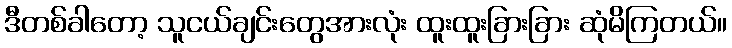
ဒီတစ်ခါတော့ သူငယ်ချင်းတွေအားလုံး ထူးထူးခြားခြား ဆုံမိကြတယ်။